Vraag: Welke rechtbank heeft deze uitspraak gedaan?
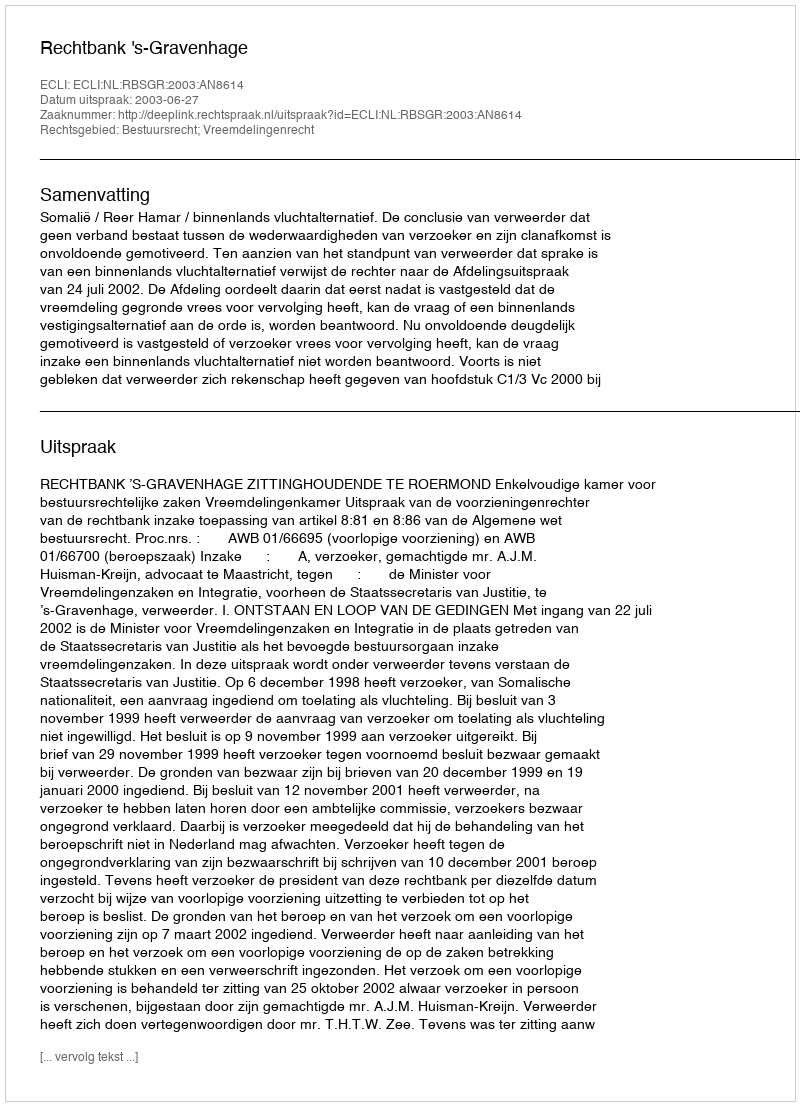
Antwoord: Rechtbank 's-Gravenhage